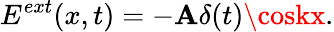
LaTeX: E^{ext}(x,t)=-\mathbf{A}\delta(t)\coskx.